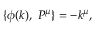
\{ \phi ( k ) , \ P ^ { \mu } \} = - k ^ { \mu } ,